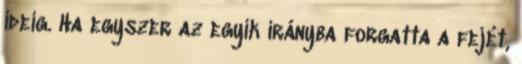
ideig. Ha egyszer az egyik irányba forgatta a fejét,